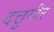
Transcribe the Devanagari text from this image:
दत्तुगीर